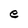
Character: e